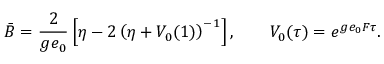
\bar { B } = \frac { 2 } { g e _ { 0 } } \left[ \eta - 2 \left( \eta + V _ { 0 } ( 1 ) \right) ^ { - 1 } \right] , \qquad V _ { 0 } ( \tau ) = e ^ { g e _ { 0 } F \tau } .